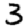
Digit: 3